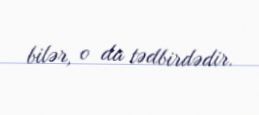
bilər, o da tədbirdədir.